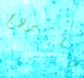
كامبردج